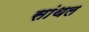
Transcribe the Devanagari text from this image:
सांथल